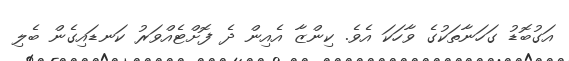
އަގުބޮޑު ގަހަނާތަކުގެ ވާހަކަ އެވެ. ކިންޒާ އެއިން ދެ ފޮށްޓެއްވަރު ކަނޑައިގެން ބެލި